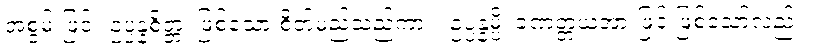
အစွမ်းဖြင့်။ ဥပ္ပန္နစိတ္တံ၊ ဖြစ်သော စိတ်မည်သည်ကား။ ဥပ္ပန္နမ္ပိ၊ ခဏတ္တယအားဖြင့် ဖြစ်သော်လည်း။